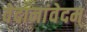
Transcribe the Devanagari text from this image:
वेदानांवेदम्